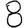
Digit: 8